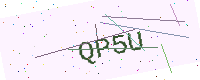
Text: QP5U